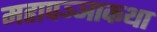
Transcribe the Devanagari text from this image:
महापञ्ञाकथा